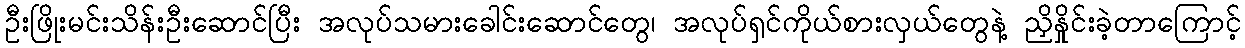
ဦးဖြိုးမင်းသိန်းဦးဆောင်ပြီး အလုပ်သမားခေါင်းဆောင်တွေ၊ အလုပ်ရှင်ကိုယ်စားလှယ်တွေနဲ့ ညှိနှိုင်းခဲ့တာကြောင့်